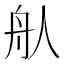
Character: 𦨈